Annual statistical returns and brief notes on vaccination in Bengal - 1909-1929
Year: 1909
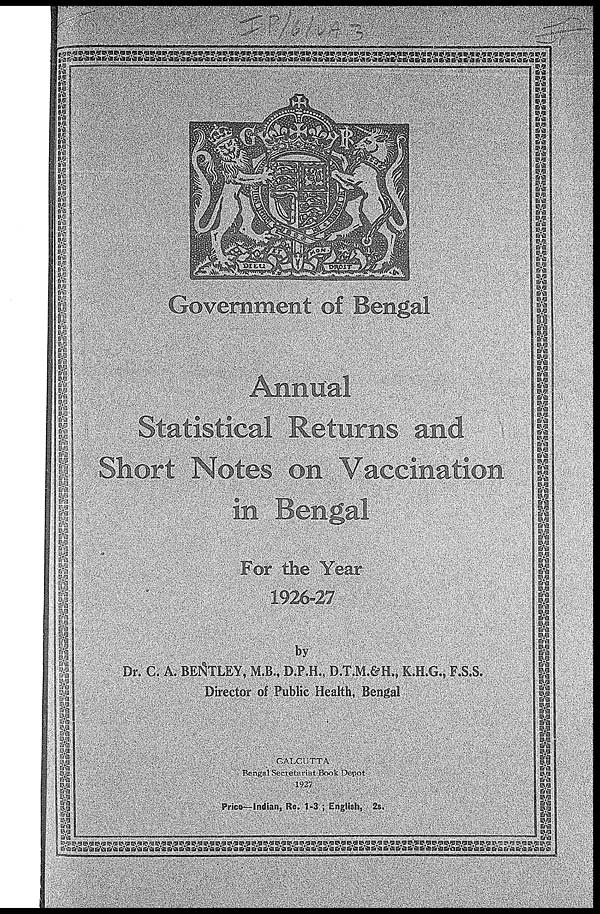
Government of Bengal
Annual
Statistical Returns and
Short Notes on Vaccination
in Bengal
For the Year
1926-27
by
Dr. C. A. BENTLEY, M.B., D.P.H., D.T.M.&H., K.H.G., F.S.S.
Director of Public Health, Bengal
CALCUTTA
Bengal Secretariat Book Depot
1927
Price—Indian, Re. 1-3 ; English, 2s.